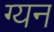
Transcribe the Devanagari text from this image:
ग्यन